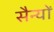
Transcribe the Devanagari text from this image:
सैन्यों